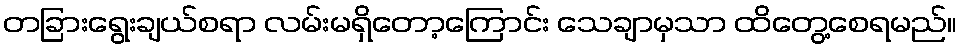
တခြားရွေးချယ်စရာ လမ်းမရှိတော့ကြောင်း သေချာမှသာ ထိတွေ့စေရမည်။